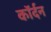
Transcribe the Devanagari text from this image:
कॉर्दन